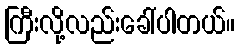
ကြီးလို့လည်းခေါ်ပါတယ်။